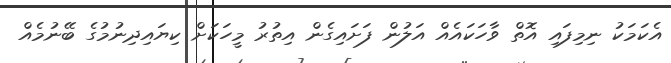
އެކަމަކު ނިމިފައި އޮތް ވާހަކައެއް އަލުން ފަށައިގެން އިތުރު މީހަކަށް ކިޔައިދިނުމުގެ ބޭނުމެއް